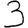
Digit: 3